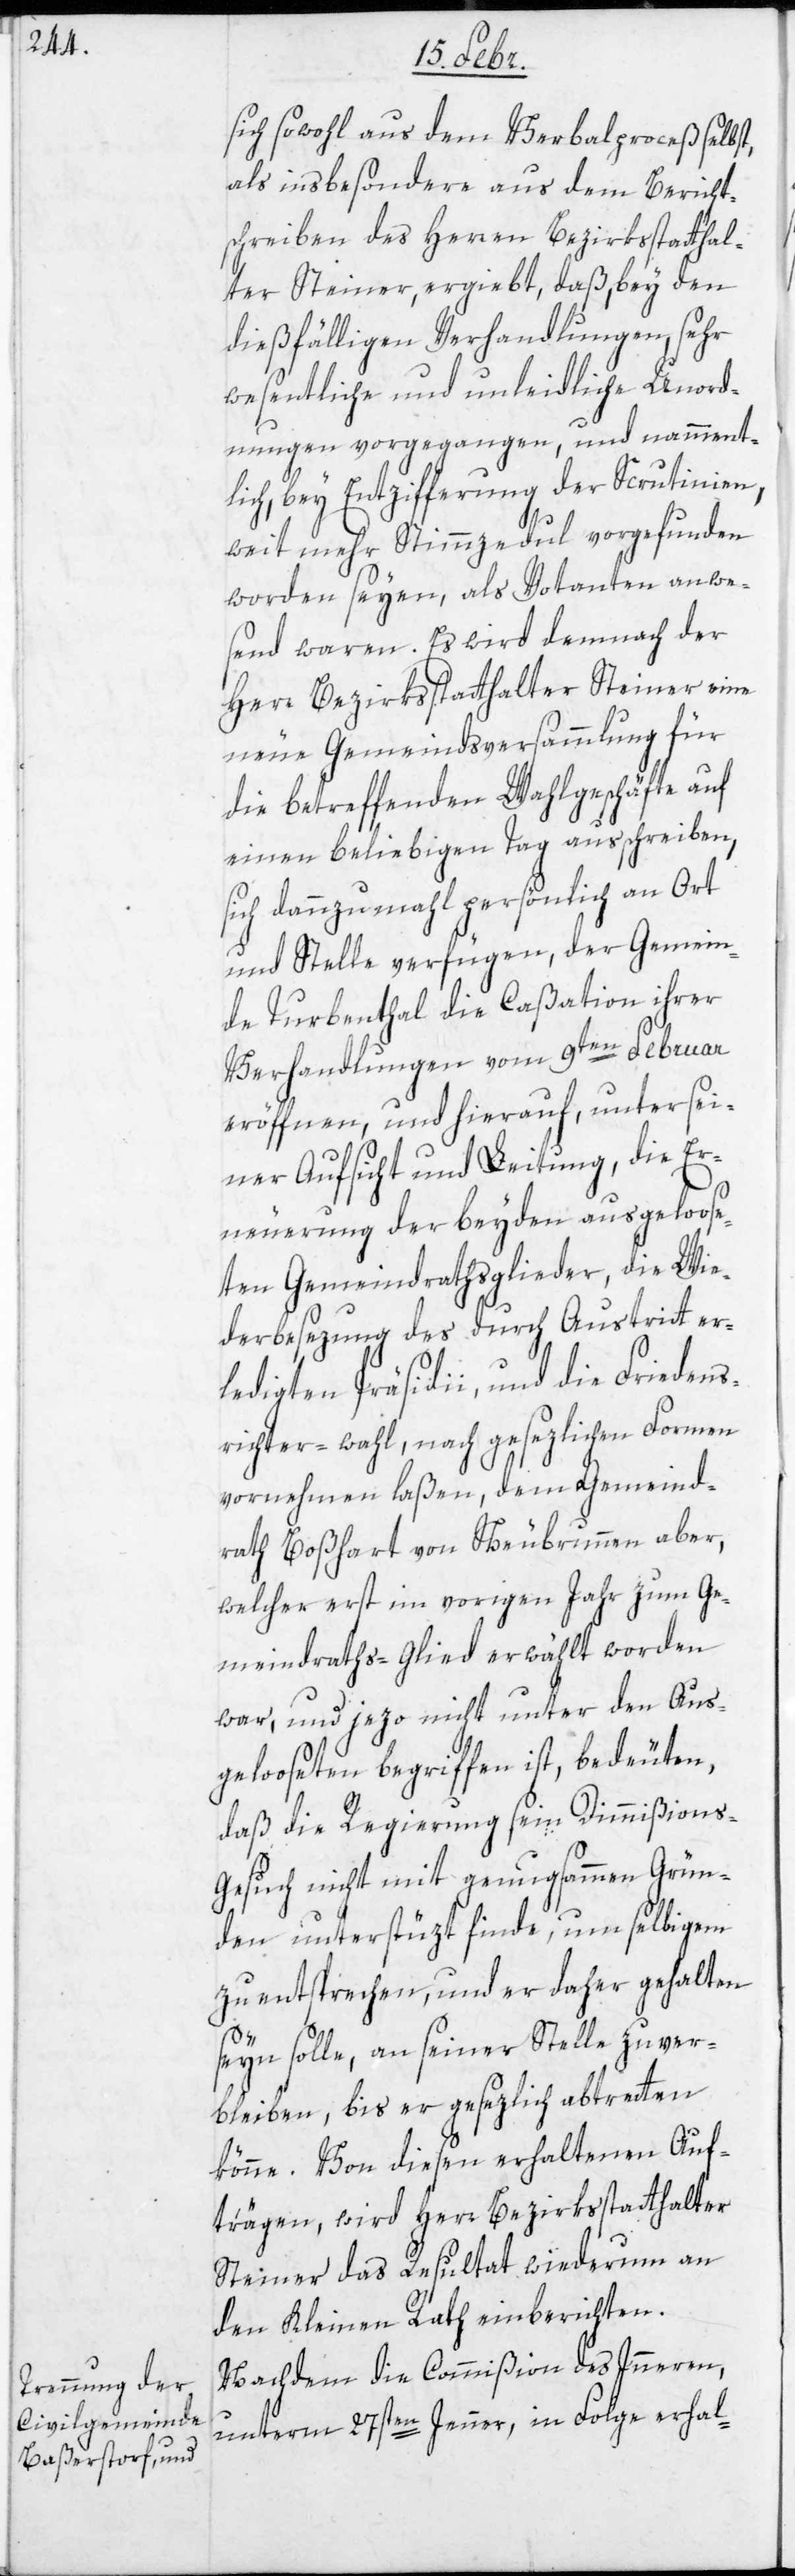
sich sowohl aus dem Verbalproceß selbst,
als insbesondere aus dem Bericht¬
schreiben des Herren Bezirksstatthal¬
ter Steiner, ergiebt, daß, bey den
dießfälligen Verhandlungen, sehr
wesentliche und unleidliche Unord¬
nungen vorgegangen, und namment¬
lich, bey Entzifferung der Scrutinien,
weit mehr Stimmzedul vorgefunden
worden seyen, als Votanten anwe¬
send waren. Es wird demnach der
Herr Bezirksstatthalter Steiner eine
neue Gemeindsversammlung für
die betreffenden Wahlgeschäfte auf
einen beliebigen Tag ausschreiben,
sich dannzumahl persönlich an Ort
und Stelle verfügen, der Gemein¬
de Turbenthal die Caßation ihrer
Verhandlungen vom 9ten Februar
eröffnen, und hierauf, unter sei¬
ner Aufsicht und Leitung, die Er¬
neuerung der beyden ausgeloos¬
eten Gemeindrathsglieder, die Wie¬
derbesezung des durch Austritt er¬
ledigten Präsidii, und die Friedens¬
richter-wahl, nach gesezlichen Formen
vornehmen laßen, dem Gemeind¬
rath Boßhart von Neubrunnen aber,
welcher erst im vorigen Jahr zum Ge¬
meindraths-Glied erwählt worden
war, und jezo nicht unter den Aus¬
gelooseten begriffen ist, bedeuten,
daß die Regierung sein Dimißions-G¬
esuch nicht mit genugsammen Grün¬
den unterstüzt finde, um selbigem
zu entsprechen, und er daher gehalten
seyn solle, an seiner Stelle zu ver¬
bleiben, bis er gesezlich abtretten
könne. Von diesen erhaltenen Auf¬
trägen, wird Herr Bezirksstatthalter
Steiner das Resultat wiederum an
den Kleinen Rath einberichten.
Nachdem die Commißion des Inneren,
unterm 27sten Jenner, in Folge erhal-